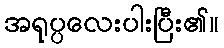
အရုပ္ပလေးပါးပြီး၏။